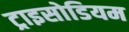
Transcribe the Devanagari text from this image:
ट्राइसोडियम